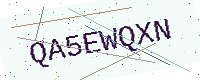
Text: QA5EWQXN